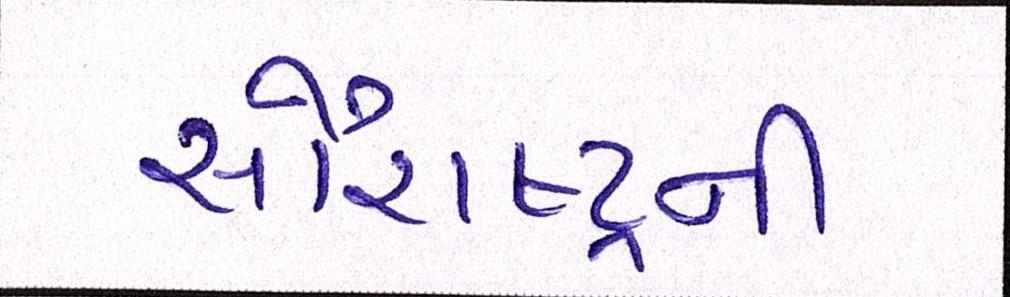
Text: સૌરાષ્ટ્ર્રની